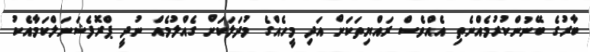
ބާރުގެ ބޭނުންކުރުމެއްނެތި އެއްވެސް ރައްޔިތަކަށް އަދި މީހެއްގެ މުދަލަކަށް ގެއްލުމެއް ނުދީ ޕްރޮފެޝަނަލްކަމާއެކު